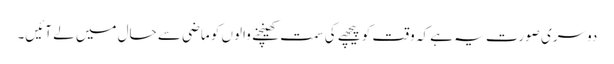
دوسری صورت یہ ہے کہ وقت کو پیچھے کی سمت کھینچنے والوں کو ماضی سے حال میں لے آئیں۔